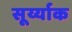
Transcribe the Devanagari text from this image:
सूर्य्याक